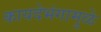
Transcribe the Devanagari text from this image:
कायदेभंगामुळे